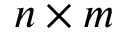
n \times m